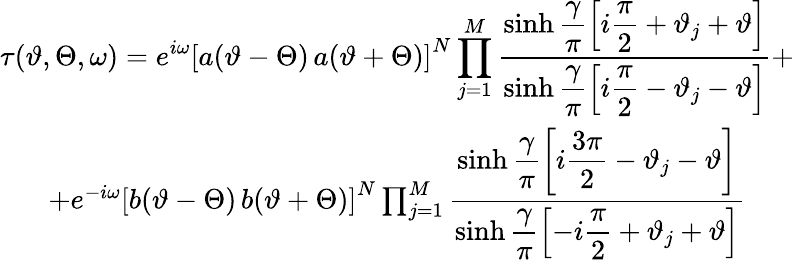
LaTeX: \begin{array}{c}{{\displaystyle\tau(\vartheta,\Theta,\omega)=e^{i\omega}\left[a(\vartheta-\Theta)\, a(\vartheta+\Theta)\right]^{N}\prod_{j=1}^{M}\displaystyle\frac{\sinh\displaystyle\frac{\gamma}{\pi}\left[i\displaystyle\frac{\pi}{2}+\vartheta_{j}+\vartheta\right]}{\sinh\displaystyle\frac{\gamma}{\pi}\left[i\displaystyle\frac{\pi}{2}-\vartheta_{j}-\vartheta\right]}+}}\\ {{+e^{-i\omega}\left[b(\vartheta-\Theta)\, b(\vartheta+\Theta)\right]^{N}\prod_{j=1}^{M}\displaystyle\frac{\sinh\displaystyle\frac{\gamma}{\pi}\left[i\displaystyle\frac{3\pi}{2}-\vartheta_{j}-\vartheta\right]}{\sinh\displaystyle\frac{\gamma}{\pi}\left[-i\displaystyle\frac{\pi}{2}+\vartheta_{j}+\vartheta\right]}}}\end{array}